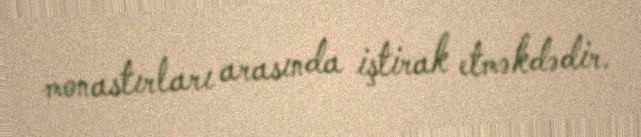
monastırları arasında iştirak etməkdədir.